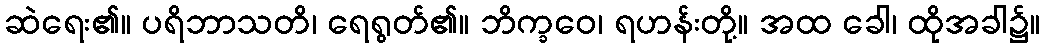
ဆဲရေး၏။ ပရိဘာသတိ၊ ရေရွတ်၏။ ဘိက္ခဝေ၊ ရဟန်းတို့။ အထ ခေါ၊ ထိုအခါ၌။